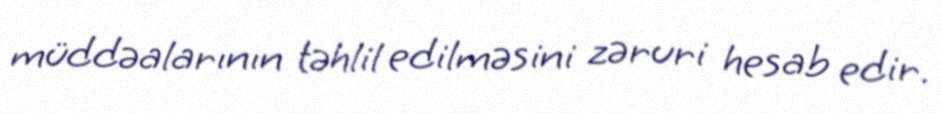
müddəalarının təhlil edilməsini zəruri hesab edir.